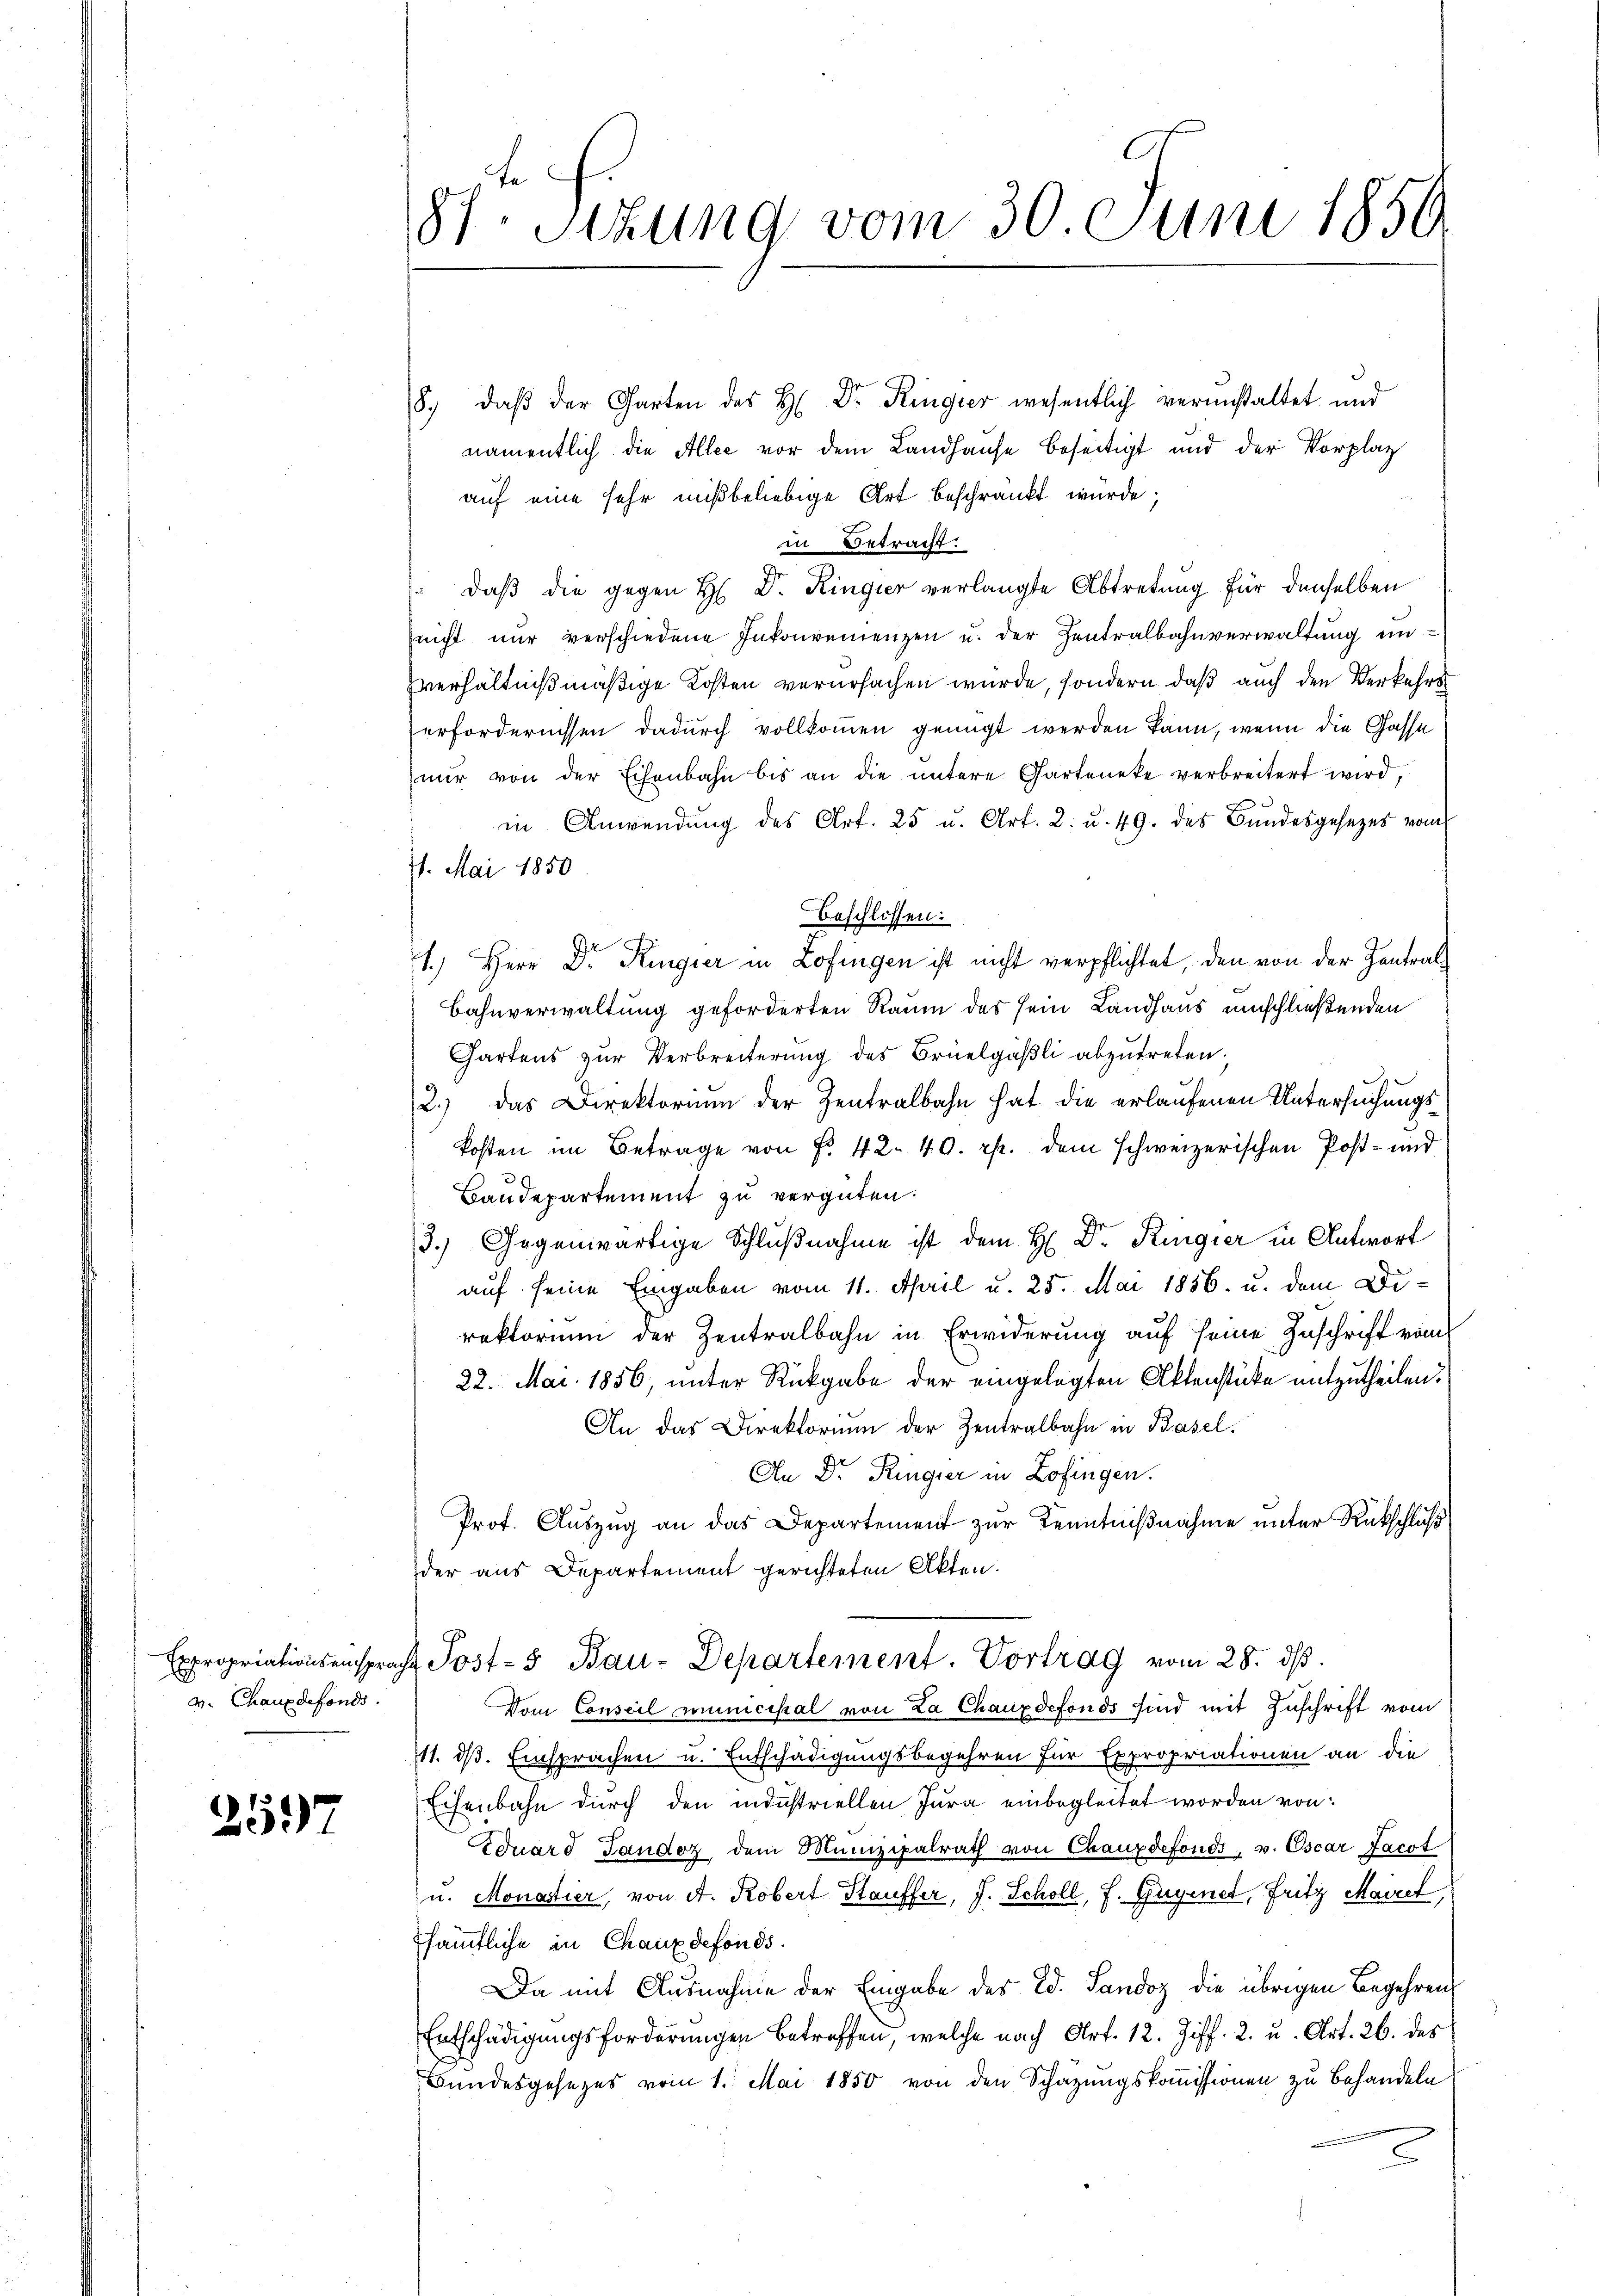
Chauxdefonds.

2597

Str. Sizung vom 30. Juni 1850

8. daβ der Garten des H. Dr. Ringier wesentlich veranstaltet und
namentlich die Allee vor dem Landhause beseitigt und der Vorplatz
auf eine sehr mißbeliebige Art beschränkt wurde;
in Betracht.
" daß die gegen H. Dr. Ringier verlangte Abtretung für denselben
nicht nur verschiedene Inkonvenienzen u. der Zentralbahnverwaltung inverhältnißmäßige Kosten verursachen wurde, sondern daß auch den Verkehrs
erfordernissen dadurch vollkommen genügt werden kann, wenn die Gasse
nŭr von der Eisenbahn bis an die ŭntere Garteneke verbreitert wird,
in Anwendung des Art. 25 u. Art. 2. u. 49. des Bundesgesezes vom
7. Mai 1850
beschlossen:
1.) Herr Dr. Regier in Lofingen ist nicht verpflichtet, den von der Zentral¬
Bahnverwaltung geforderten Raum des sein Landhaus umschließenden
Gartens zŭr Verbreiterŭng des Brüelgäβli abzŭtreten.
2.) das Direktoriŭm der Zentralbahn hat die erlaufenen Untersuchungskosten im Betrage von Fr. 42. 40. pp. dem schweizerischen Post- und
Baudepartement zu vergüten.
3.) Gegenwärtige Schlußnahme ist dem H: Dr. Regier in Antwort
auf seine Eingaben vom 11. April u. 25. Mai 1856 u. dem Direktorium der Zentralbahn in Erwiderung auf seine Zuschrift vom
22. Mai 1856, unter Rückgabe der eingelegten Aktenstücke mitzutheilen.
An das Direktorium der Zentralbahn in Basel.
An Dr. Ringier in Zofingen.
Prof. Auszug an das Departement zur Kenntnißnahme unter Rückschluß
der aus Departement gerichteten Akten.
Expropriationsenspracht Post- u Bau-Departement. Vortrag vom 28. dβ.
Vom Conseil municipal von La Chauxdefonds sind mit Zuschrift vom
111. ds. Einsprachen u. Entschädigungsbegehren für Expropriationen an die
Eisenbahn durch den industriellen Jura einbegleitet worden von
Eduard Gandoz dem Munizipalrath von Chauxdefonds, v. Oscar Jacot
u. Monatier, von A. Robert Hauffer, J. Schöll, F. Guginet, Fritz Mairet
sämmtliche in Chaux defonds.
Da mit Ausnahme der Eingabe des Ed. Sandoz die übrigen Begehren
Entschädigungsforderungen betreffen, welche nach Art. 12. Ziff. 2. u. Art. 26. des
Bundesgesezes vom 1. Mai 1850 von den Schazungskoṁissionen zu behandeln
2